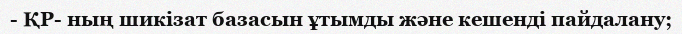
- ҚР- ның шикізат базасын ұтымды және кешенді пайдалану;